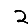
Digit: 2